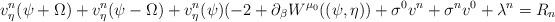
LaTeX: \begin{align*}&v^n_\eta(\psi + \Omega) +v^n_\eta(\psi - \Omega)+ v^n_\eta(\psi) (-2 + \partial_\beta W^{\mu_0}((\psi, \eta) ) +\sigma^0v^n+\sigma^nv^0+\lambda^n = R_n\end{align*}